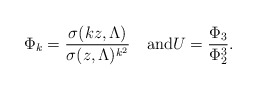
\begin{align*}\Phi_{k} = \frac{\sigma(kz, \Lambda)}{\sigma(z,\Lambda)^{k^2}}\quad\mbox{and}U =\frac{\Phi_3}{\Phi_2^3}.\end{align*}